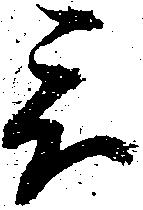
被